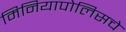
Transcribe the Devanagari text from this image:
मिनियापोलिसचे